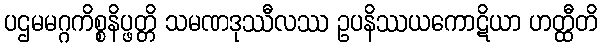
ပဌမမဂ္ဂကိစ္စနိပ္ဖတ္တိ သမဏဒုဿီလဿ ဥပနိဿယကောဋိယာ ဟတ္ထီတိ